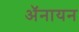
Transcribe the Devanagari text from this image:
ॲनायन